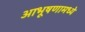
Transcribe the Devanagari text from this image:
आभूषणामध्ये